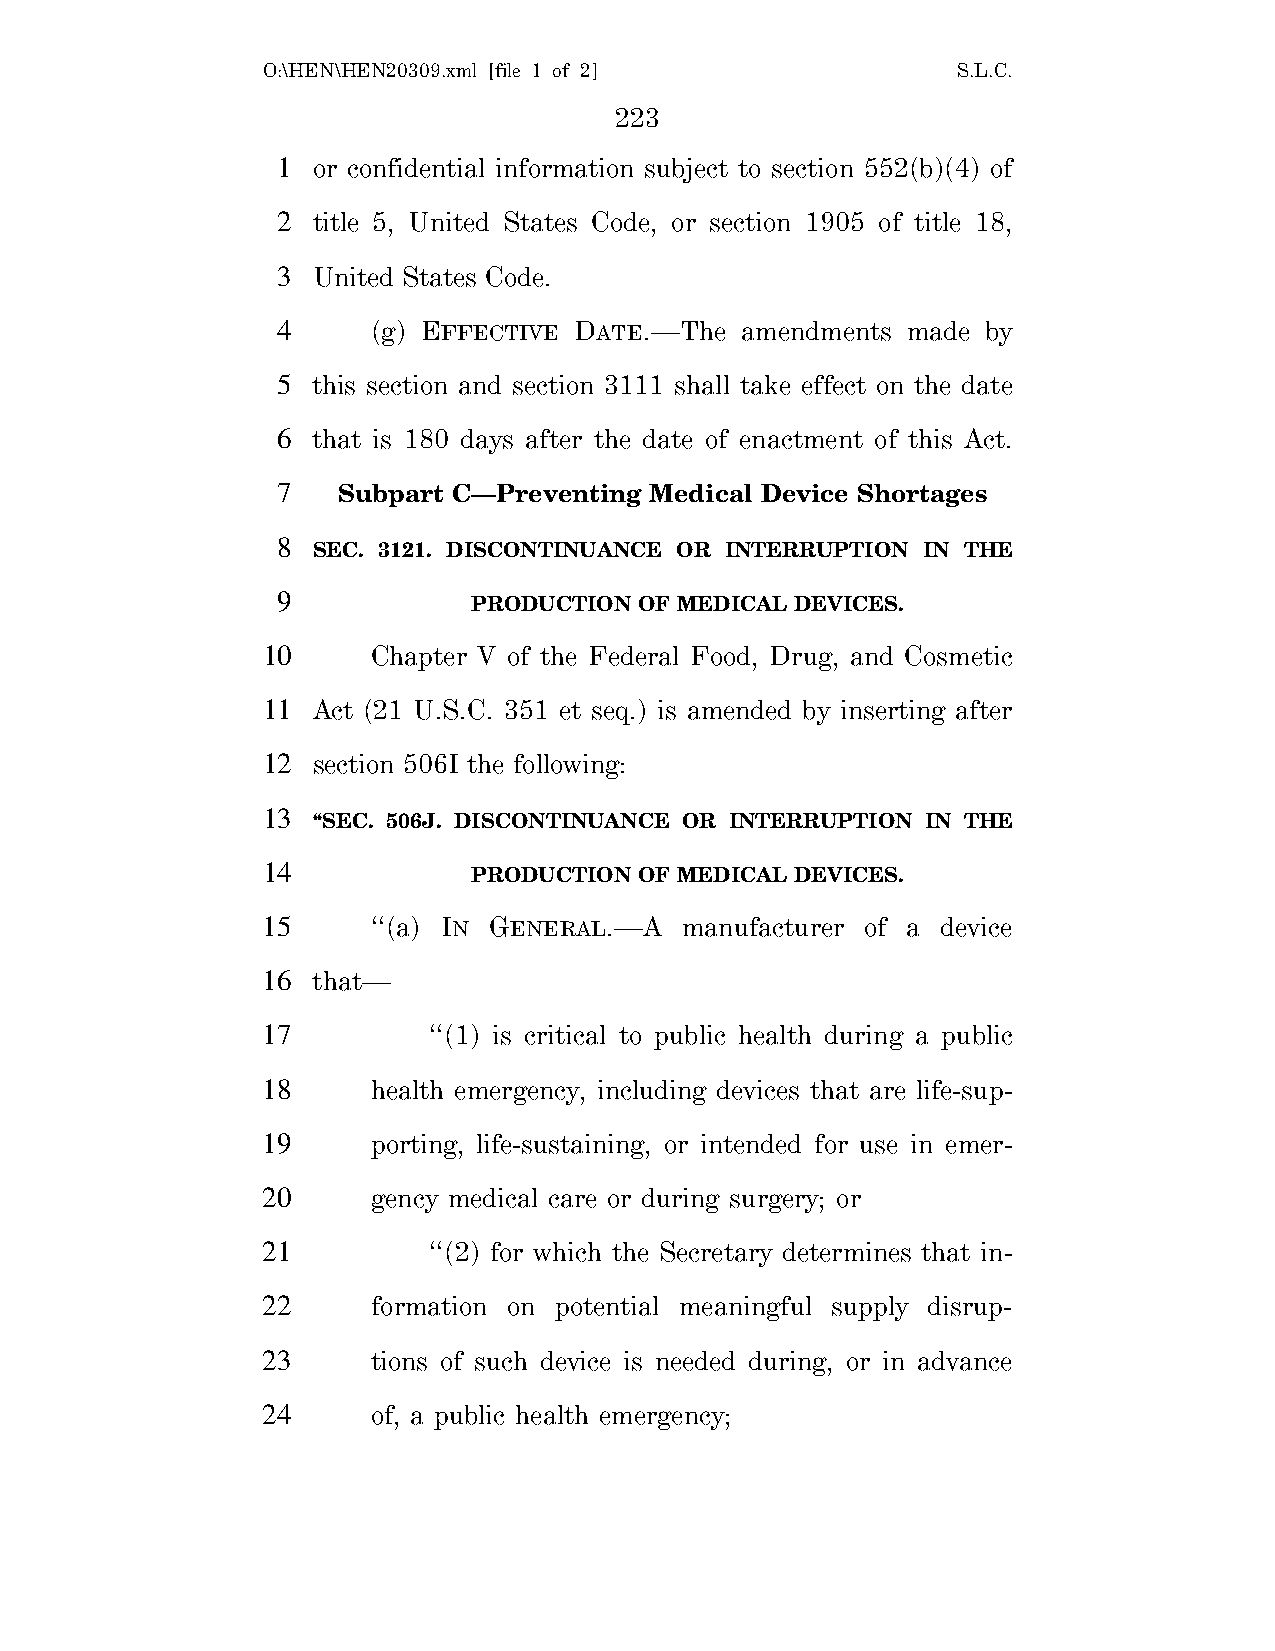
O:\HEN\HEN20309.xml [file 1 of 2]             S.L.C.
 223
 1  or confidential information subject to section 552(b)(4) of
 2  title 5, United States Code, or section 1905 of title 18,
 3  United States Code.
 4      (g) EFFECTIVE DATE.—The amendments made by
 5  this section and section 3111 shall take effect on the date
 6  that is 180 days after the date of enactment of this Act.
 7   Subpart C—Preventing Medical Device Shortages
 8
 SEC. 3121. DISCONTINUANCE OR INTERRUPTION IN THE
 9
 PRODUCTION OF MEDICAL DEVICES.
 10      Chapter V of the Federal Food, Drug, and Cosmetic
 11  Act (21 U.S.C. 351 et seq.) is amended by inserting after
 12  section 506I the following:
 13
 ‘‘SEC. 506J. DISCONTINUANCE OR INTERRUPTION IN THE
 14
 PRODUCTION OF MEDICAL DEVICES.
 15      ‘‘(a) IN GENERAL.—A manufacturer of a device
 16  that—
 17         ‘‘(1) is critical to public health during a public
 18      health emergency, including devices that are life-sup-
 19      porting, life-sustaining, or intended for use in emer-
 20      gency medical care or during surgery; or
 21         ‘‘(2) for which the Secretary determines that in-
 22      formation on potential meaningful supply disrup-
 23      tions of such device is needed during, or in advance
 24      of, a public health emergency;